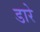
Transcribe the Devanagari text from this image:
डारे